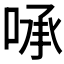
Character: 𰇻